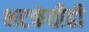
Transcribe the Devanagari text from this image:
भटकंतीही